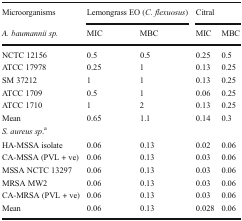
<table><thead><tr><td><b>Microorganisms</b></td><td colspan="2"><b>Lemongrass EO (<i>C. flexuosus</i>)</b></td><td colspan="2"><b>Citral</b></td></tr><tr><td><b><i>A. baumannii sp.</i></b></td><td><b>MIC</b></td><td><b>MBC</b></td><td><b>MIC</b></td><td><b>MBC</b></td></tr></thead><tbody><tr><td>NCTC 12156</td><td>0.5</td><td>0.5</td><td>0.25</td><td>0.5</td></tr><tr><td>ATCC 17978</td><td>0.25</td><td>1</td><td>0.13</td><td>0.25</td></tr><tr><td>SM 37212</td><td>1</td><td>1</td><td>0.13</td><td>0.25</td></tr><tr><td>ATCC 1709</td><td>0.5</td><td>1</td><td>0.06</td><td>0.25</td></tr><tr><td>ATCC 1710</td><td>1</td><td>2</td><td>0.13</td><td>0.25</td></tr><tr><td>Mean</td><td>0.65</td><td>1.1</td><td>0.14</td><td>0.3</td></tr><tr><td colspan="5"><i>S. aureus sp</i>.<sup>a</sup></td></tr><tr><td>HA-MSSA isolate</td><td>0.06</td><td>0.13</td><td>0.02</td><td>0.06</td></tr><tr><td>CA-MSSA (PVL + ve)</td><td>0.06</td><td>0.13</td><td>0.03</td><td>0.06</td></tr><tr><td>MSSA NCTC 13297</td><td>0.06</td><td>0.13</td><td>0.03</td><td>0.06</td></tr><tr><td>MRSA MW2</td><td>0.06</td><td>0.13</td><td>0.03</td><td>0.06</td></tr><tr><td>CA-MRSA (PVL + ve)</td><td>0.06</td><td>0.13</td><td>0.03</td><td>0.06</td></tr><tr><td>Mean</td><td>0.06</td><td>0.13</td><td>0.028</td><td>0.06</td></tr></tbody></table>